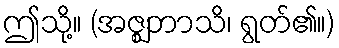
ဤသို့။ (အဇ္ဈဘာသိ၊ ရွတ်၏။)